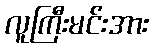
လူကြီးမင်းအား